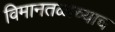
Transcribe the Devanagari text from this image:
विमानतळाच्याच